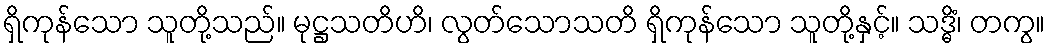
ရှိကုန်သော သူတို့သည်။ မုဋ္ဌသတိဟိ၊ လွတ်သောသတိ ရှိကုန်သော သူတို့နှင့်။ သဒ္ဓိံ၊ တကွ။